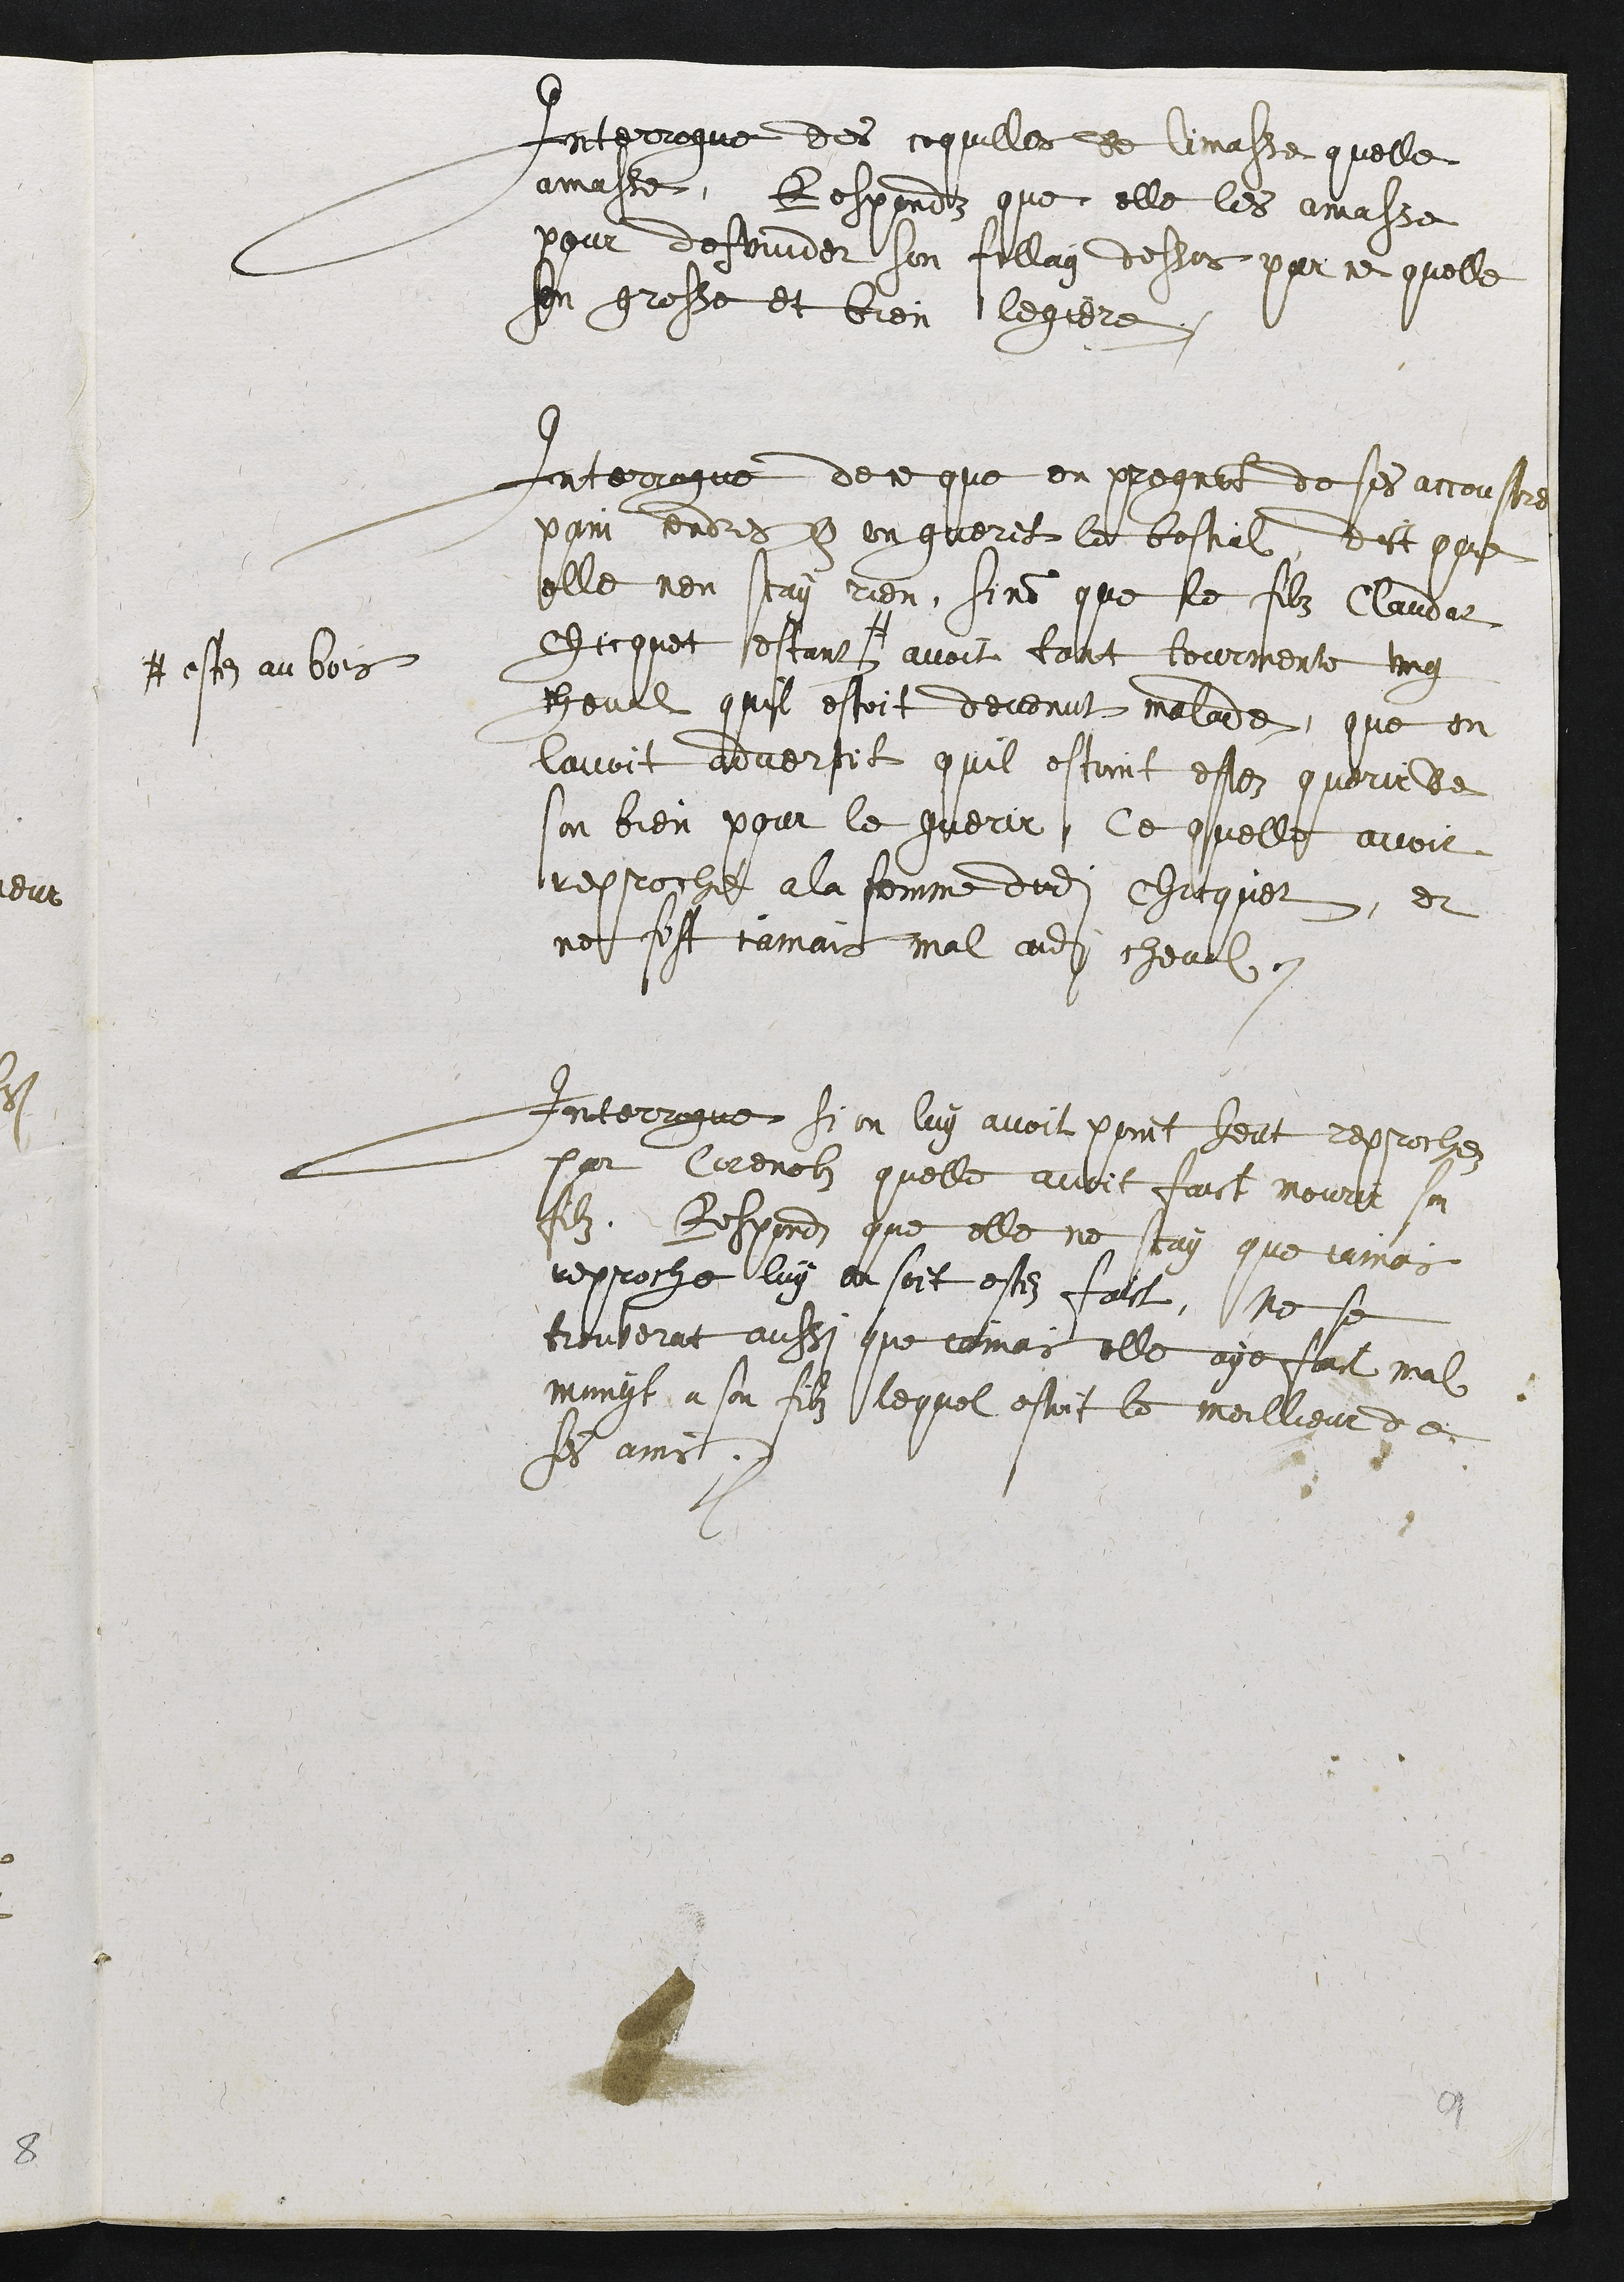
Interrogué des cequilles de limasse quelle
amasse, Respondz que elle les amasse
pour despuider son fillag dessos par ce quelle
son grosse et bien legiere
Interrogue de ce que en pregnat de ses accoustre
pain endres  on guerit le bestial, dict que
elle nen scay rien, sinon que le filz Claudat
checquet estant +
# estez au bois.
avoit tont tourmente ung
heval quil estoit devenut malade, que en
lavoit advertit quil estoint estez querude
son bien pour le querir, Ce quelle avoit
reproché a la femme dudit chacquer, et
ne sest jamais mal audit chevulx.
Interrogue si on luy avoit point heut reprochez
par Corenolz quelle avoit faict mourir son
filz. Respondz que elle ne scay que jamais
reppoche luy en soit estez faict, ne se
trouverat aussi que jomais elle aye fait mal
mangt a son filz lequel estoit le moillieur de
f ams